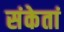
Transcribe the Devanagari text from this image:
संकेतां